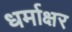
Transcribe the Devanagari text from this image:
धर्माक्षर